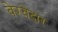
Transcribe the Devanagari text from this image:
बेरवेदार